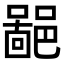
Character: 𨝚